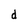
Character: d